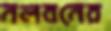
নলবনের